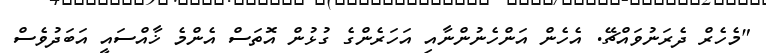
"މެހެރް ދެރަނުވައްޗޭ. އެހެން އަންހެނުންނާއި އަހަރެންގެ ގުޅުން އޮތަސް އެންމެ ޚާއްސައީ އަބަދުވެސް